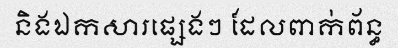
និងឯកសារផ្សេងៗ ដែលពាក់ព័ន្ធ